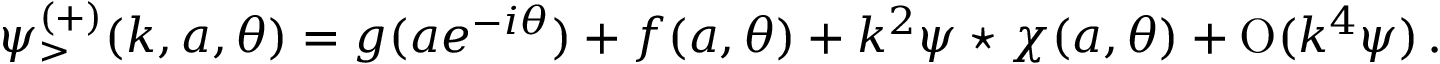
\psi _ { > } ^ { ( + ) } ( k , a , \theta ) = g ( a e ^ { - i \theta } ) + f ( a , \theta ) + k ^ { 2 } \psi \star \chi ( a , \theta ) + \mathrm { O } ( k ^ { 4 } \psi ) \, .